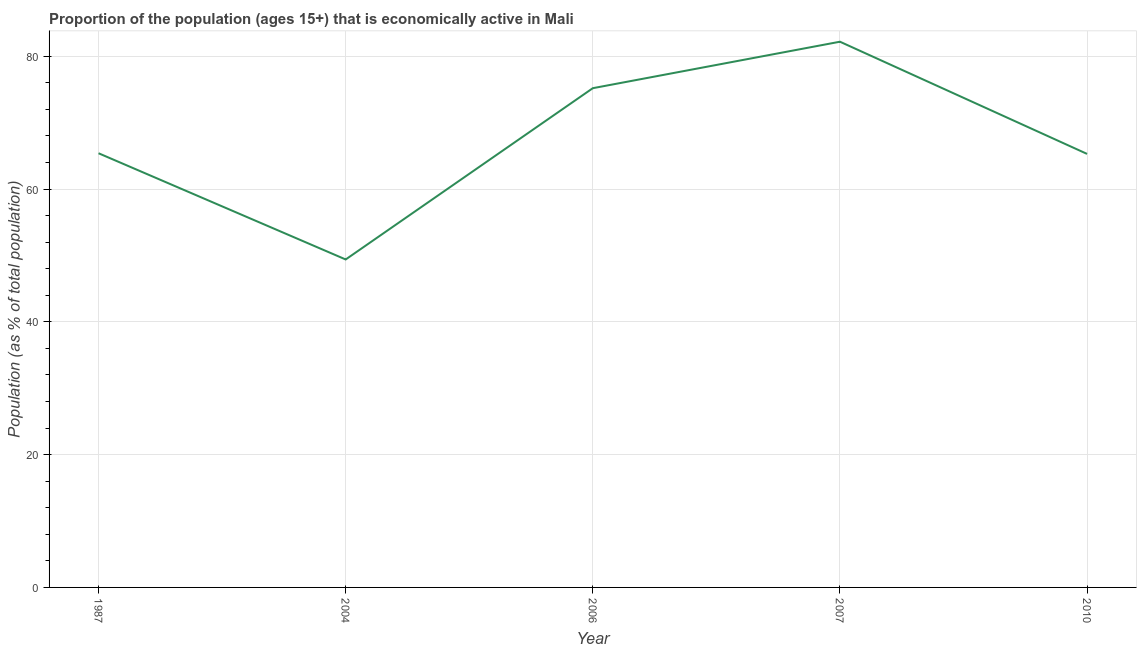
| Year | Labor force participation rate total |
 | --- | --- |
 | 1987 | 65.4 |
 | 2004 | 49.4 |
 | 2006 | 75.2 |
 | 2007 | 82.2 |
 | 2010 | 65.3 |